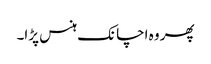
پھر وہ اچانک ہنس پڑا۔